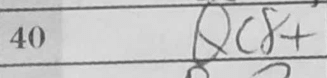
Transcription: Qc8+